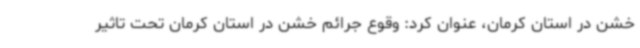
خشن در استان کرمان، عنوان کرد: وقوع جرائم خشن در استان کرمان تحت تاثیر